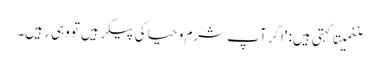
مننمیتا کہتی ہیں: 'اگر آپ شرم و حیا کی پیکر ہیں تو وہی رہیں۔